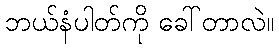
ဘယ်နံပါတ်ကို ခေါ်တာလဲ။